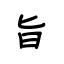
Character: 旨